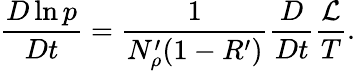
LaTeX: \frac{D\ln p}{Dt}=\frac{1}{N_{\rho}^{\prime}(1-R^{\prime})}\frac{D}{Dt}\frac{\mathcal{L}}{T}.